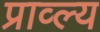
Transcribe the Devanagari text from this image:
प्राव्ल्य